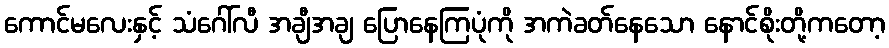
ကောင်မလေးနှင့် သံဂေါ်လီ အချီအချ ပြောနေကြပုံကို အကဲခတ်နေသော နောင်စိုးတို့ကတော့